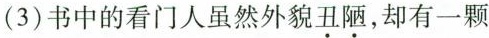
(3)书中的看门人虽然外貌\underset{·}{丑}\underset{·}{陋}，却有一颗